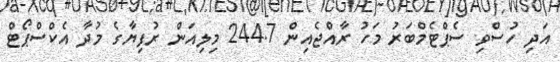
އަދި ހުސްވި ސެޕްޓެމްބަރު މަހު ރާއްޖެއިން 244.7 މިލިއަން ރުފިޔާގެ މުދާ އެކްސްޕޯޓް